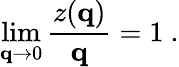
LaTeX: \operatorname*{lim}_{{\mathbf q}\rightarrow 0}\frac{z({\mathbf q})}{{\mathbf q}}=1\ .